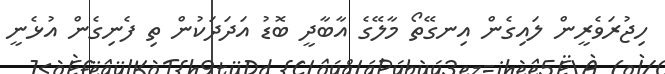
ހިޖުރަވެރީން ލައިގެން އިނގޭތޯ މާލޭގެ އާބާދީ ބޮޑު އަދަދަކުން ތި ފެނިގެން އުޅެނީ